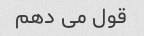
قول می دهم